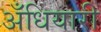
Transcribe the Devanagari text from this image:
अँधियारी